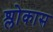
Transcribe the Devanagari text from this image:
श्लोकास